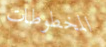
المخطوطات